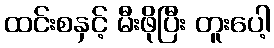
ထင်းစနှင့် မီးဖိုပြီး တူးပေါ့